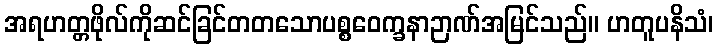
အရဟတ္တဖိုလ်ကိုဆင်ခြင်တတသောပစ္စဝေက္ခနာဉာဏ်အမြင်သည်။ ဟတူပနိသံ၊